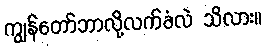
ကျွန်တော်ဘာလို့လက်ခံလဲ သိလား။